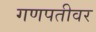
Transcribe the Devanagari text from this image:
गणपतीवर